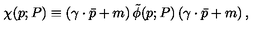
\chi ( p ; P ) \equiv \left( \gamma \cdot \bar { p } + m \right) \tilde { \phi } ( p ; P ) \left( \gamma \cdot \bar { p } + m \right) ,